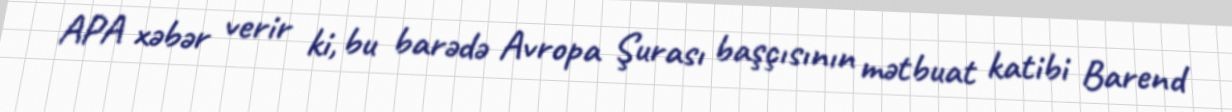
APA xəbər verir ki, bu barədə Avropa Şurası başçısının mətbuat katibi Barend